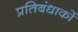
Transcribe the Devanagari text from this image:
प्रतिबंधाकों